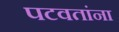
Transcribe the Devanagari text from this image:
पटवतांना